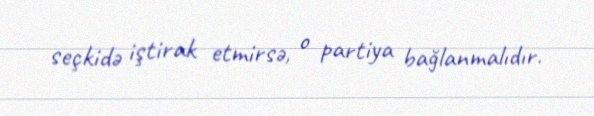
seçkidə iştirak etmirsə, o partiya bağlanmalıdır.